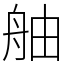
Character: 舳